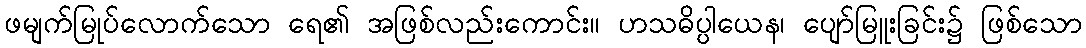
ဖမျက်မြုပ်လောက်သော ရေ၏ အဖြစ်လည်းကောင်း။ ဟသဓိပ္ပါယေန၊ ပျော်မြူးခြင်း၌ ဖြစ်သော